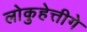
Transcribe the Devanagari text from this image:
लोकुहेत्तीगे